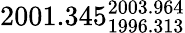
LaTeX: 2001.345_{1996.313}^{2003.964}